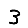
Digit: 3